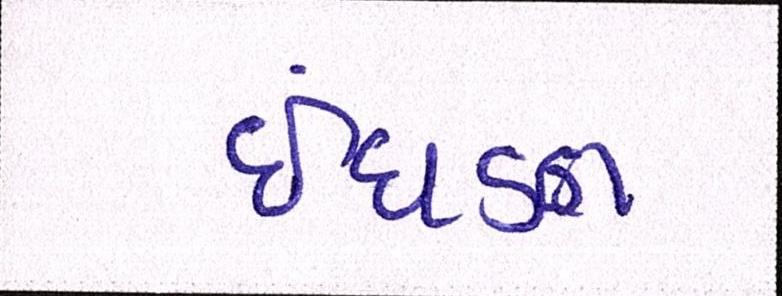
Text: ઈંધણ